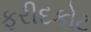
ફરીદકોટ